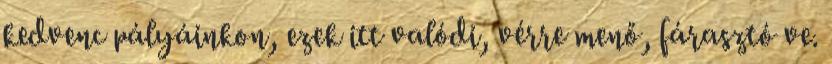
kedvenc pályáinkon, ezek itt valódi, vérre menő, fárasztó ve.